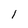
Character: l